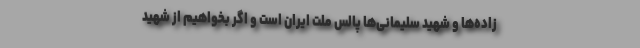
زاده‌ها و شهید سلیمانی‌ها پالس ملت ایران است و اگر بخواهیم از شهید